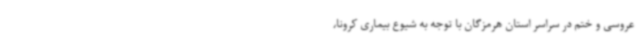
عروسی و ختم در سراسر استان هرمزگان با توجه به شیوع بیماری کرونا،